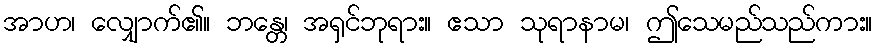
အာဟ၊ လျှောက်၏။ ဘန္တေ၊ အရှင်ဘုရား။ ဧသာ သုရာနာမ၊ ဤသေမည်သည်ကား။